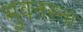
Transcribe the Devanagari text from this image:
भुवनस्ना